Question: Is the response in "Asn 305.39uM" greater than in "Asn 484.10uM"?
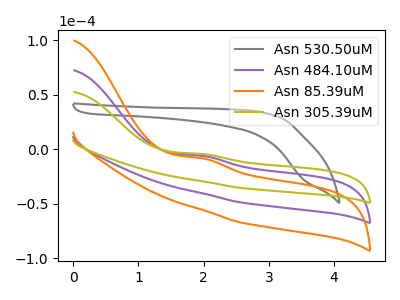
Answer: <think>The gray curve "Asn 530.50uM" has no peaks. The purple curve "Asn 484.10uM" has an anodic peak at: (2.00V, -6.00uA). The orange curve "Asn 85.39uM" has an anodic peak at: (2.00V, -12.00uA). The olive curve "Asn 305.39uM" has an anodic peak at: (2.00V, -4.35uA).
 All the peaks in "Asn 305.39uM" have a peak in "Asn 484.10uM" at the same potential. Every peak in "Asn 305.39uM" is higher than every peak in "Asn 484.10uM".</think>
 <answer>"Asn 305.39uM" has more signal than "Asn 484.10uM".</answer>
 <eval>more_signal</eval>